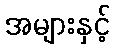
အများနှင့်